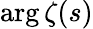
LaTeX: \arg\zeta(s)